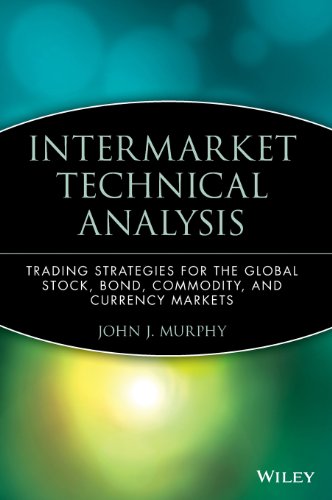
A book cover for Intermarket Technical Analysis: Trading Strategies for the Global Stock, Bond, Commodity, and Currency Markets; John J. Murphy; Business & Money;